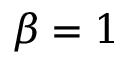
\beta = 1